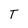
Character: T